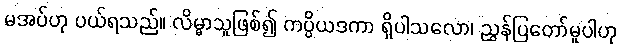
မအပ်ဟု ပယ်ရသည်။ လိမ္မာသူဖြစ်၍ ကပ္ပိယဒကာ ရှိပါသလော၊ ညွှန်ပြတော်မူပါဟု